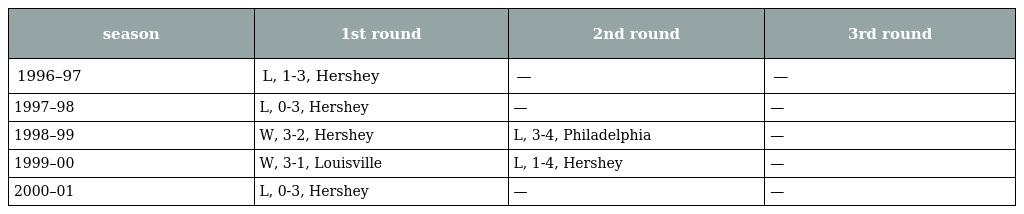
| season | 1st round | 2nd round | 3rd round |
 | --- | --- | --- | --- |
 | 1996–97 | L, 1-3, Hershey | — | — |
 | 1997–98 | L, 0-3, Hershey | — | — |
 | 1998–99 | W, 3-2, Hershey | L, 3-4, Philadelphia | — |
 | 1999–00 | W, 3-1, Louisville | L, 1-4, Hershey | — |
 | 2000–01 | L, 0-3, Hershey | — | — |